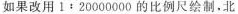
如果改用$$1 : 2 0 0 0 0 0 0 0$$的比例尺绘制，北